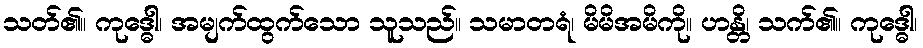
သတ်၏။ ကုဒ္ဓေါ၊ အမျက်ထွက်သော သူသည်။ သမာတရံ၊ မိမိအမိကို။ ဟန္တိ၊ သက်၏။ ကုဒ္ဓေါ၊